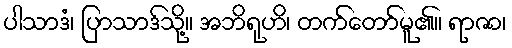
ပါသာဒံ၊ ပြာသာဒ်သို့။ အဘိရုဟိ၊ တက်တော်မူ၏။ ရာဇာ၊